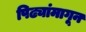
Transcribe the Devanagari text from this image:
पिढ्यांमागून